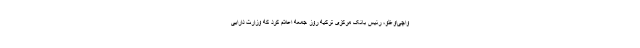
واچی‌اوغلو، رئیس بانک مرکزی ترکیه روز جمعه اعلام کرد که وزارت دارایی